Report of an investigation into the causes of the diseases known in Assam as Kála-Azár and Beri-Beri
Disease focus: Beri-Beri
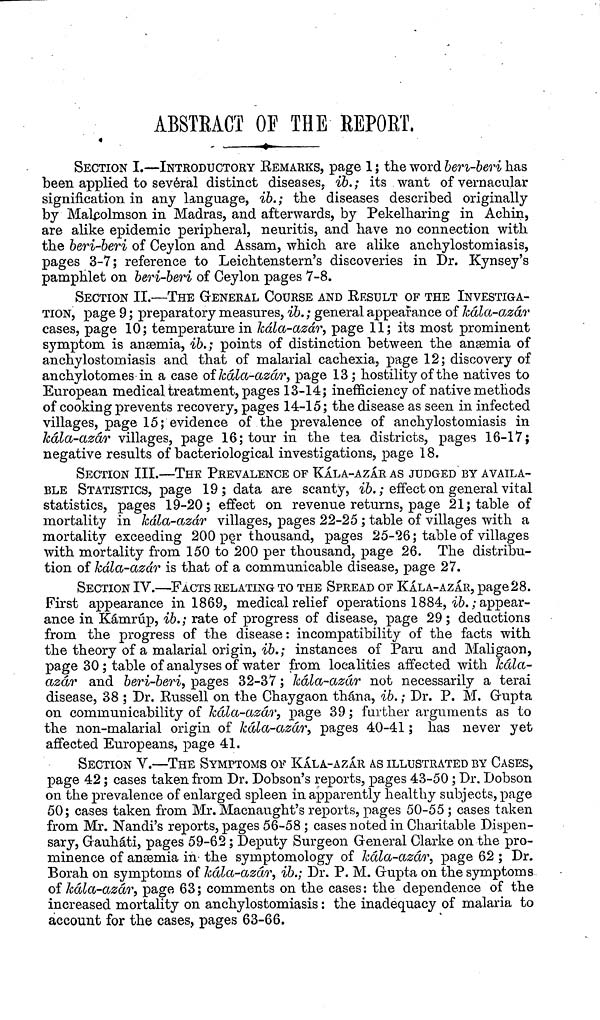
ABSTRACT OF THE REPORT.
·*-
SECTION I.—INTRODUCTORY EEMARKS, page 1 ; the word beri-beri has
been applied to several distinct diseases; ib. ; its want of vernacular
signification in any language, ib.; the diseases described originally
by Malcolmson in Madras, and afterwards, by Pekelharing in Achin,
are alike epidemic peripheral, neuritis, and have no connection with
the beri-beri of Ceylon and Assam, which are alike anchylostomiasis,
pages 3-7; reference to Leichtenstern's discoveries in Dr. Kynsey's
pamphlet on beri-beri of Ceylon pages 7-8.
SECTION II.—THE G-ENERAL COURSE AND EESULT OF THE INVESTIGA-
TION, page 9 ; preparatory measures, ib. ; general appearance of kala-azar
cases, page 10; temperature in kala-azar, page 11; its most prominent
symptom is ansemia, ib.; points of distinction between the ansemia of
anchylostomiasis and that of malarial cachexia, page 12; discovery of
anchylotom.es in a case of kala-azar, page 13 ; hostility of the natives to
European medical treatment, pages 13-14; inefficiency of native methods
of cooking prevents recovery, pages 14-15; the disease as seen in infected
villages, page 15; evidence of the prevalence of anchylostomiasis in
Jcala-azar villages, page 16; tour in the tea districts, pages 16-17;
negative results of bacteriological investigations, page 18.
SECTION III.—THE PREVALENCE OF KALA-AZAR AS JUDGED BY AVAILA-
BLE STATISTICS, page 19; data are scanty, ib. ; effect on general vital
statistics, pages 19-20; effect on revenue returns, page 21; table of
mortality in kala-azar villages, pages 22-25 ; table of villages with a
mortality exceeding 200 per thousand, pages 25-*26; table of villages
with mortality from 150 to 200 per thousand, page 26. The distribu-
tion of kala-azar is that of a communicable disease, page 27.
SECTION IV.—FACTS RELATING TO THE SPREAD OF KALA-AZAR, page28.
First appearance in 1869, medical relief operations 1884, ib./appear-
ance in Karnrup, ib.; rate of progress of disease, page 29 ; deductions
from the progress of the disease: incompatibility of the facts with
the theory of a malarial origin, io.; instances of Paru and Maligaon,
page 30 ; table of analyses of water from localities affected with kala-
azar and beri-beri, pages 32-37 ; kala-azar not necessarily a terai
disease, 38 ; Dr. Kussell on the Chaygaon thàna, ib. ; Dr. P. M. Ohipta
on communicability of kala-azar, page 39 ; further arguments as to
the non-malarial origin of kala-azar, pages 40-41 ; has never yet
affected Europeans, page 41.
SECTION V.—THE SYMPTOMS OF KALA-AZAR AS ILLUSTRATED BY CASES,
page 42 ; cases taken from Dr. Dobson's reports, pages 43-50 ; Dr. Dobson
on the prevalence of enlarged spleen in apparently healthy subjects, page
50; cases taken from Mr. Macnaught's reports, pages 50-55 ; cases taken
from Mr. Nandi's reports, pages 56-58 ; cases noted in Charitable Dispen-
sary, Crauhati, pages 59-62 ; Deputy Surgeon General Clarke on the pro-
minence of ansemia in the syrnptomology of kala-azar, page 62 ; Dr.
Borah on symptoms of kala-azar, ib.; Dr. P. M. Gupta on the symptoms
of kala-azar, page 63; comments on the cases: the dependence of the
increased mortality on anchylostomiasis : the inadequacy of malaria to
account for the cases, pages 63-66.